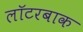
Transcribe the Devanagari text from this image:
लॉटरबाक